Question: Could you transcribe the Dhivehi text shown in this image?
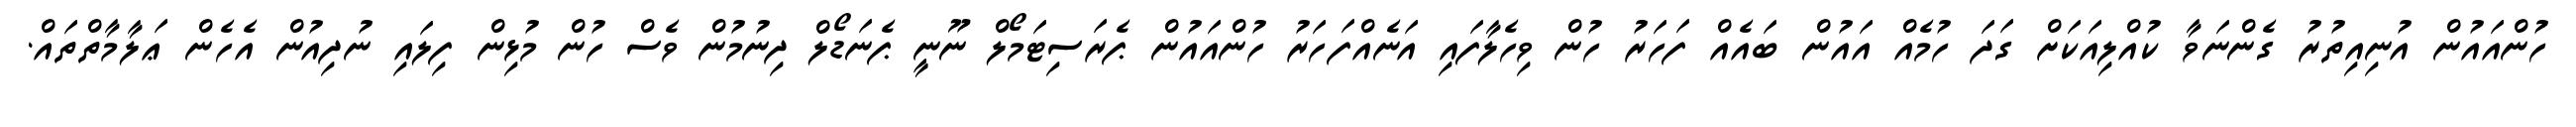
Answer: ހުންއައުން އުނިއިތުރު ގެންނަވާ ކުއްލިއަކަށް ގަދަ ހުމެއް އައުން ބައެއް ފަހަރު ހުން ވިހެލާފައި އަނެއްފަހަރު ހުންއައުން ޕެރަސިޓަމޯލް ނޫނީ ޕެނަޑޯލް ދިނުމުން ވެސް ހުން މުޅިން ފިލައި ނުދިއުން އެހެން ޢަލާމާތްތައް.